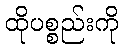
ထိုပစ္စည်းကို